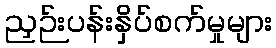
ညှဉ်းပန်းနှိပ်စက်မှုများ